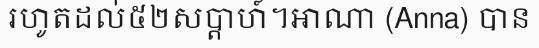
រហូតដល់៥២សប្តាហ៍។អាណា (Anna) បាន